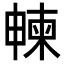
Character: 朄